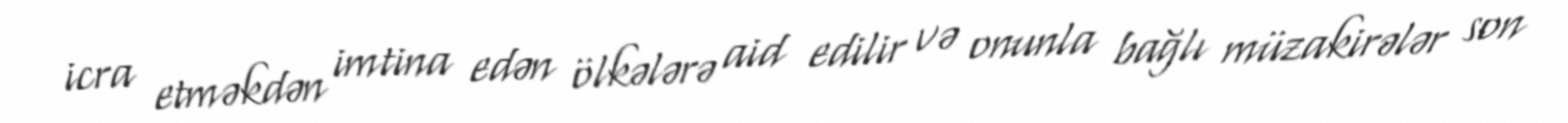
icra etməkdən imtina edən ölkələrə aid edilir və onunla bağlı müzakirələr son